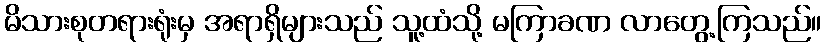
မိသားစုတရားရုံးမှ အရာရှိများသည် သူ့ထံသို့ မကြာခဏ လာတွေ့ကြသည်။